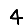
Digit: 4